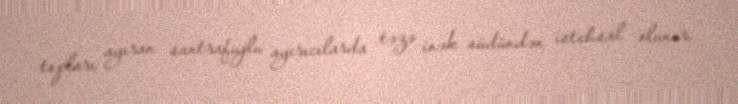
topları ayıran santrafujlu ayırıcılarda təzə inək südündən istehsal olunur.